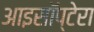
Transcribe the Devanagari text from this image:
आइसॉप्टेरा